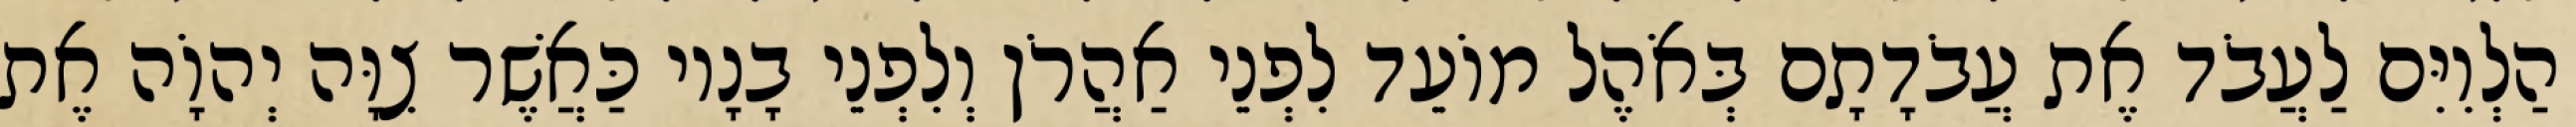
הַלְוִיִּם לַעֲבֹד אֶת עֲבֹדָתָם בְּאֹהֶל מוֹעֵד לִפְנֵי אַהֲרֹן וְלִפְנֵי בָנָיו כַּאֲשֶׁר צִוָּה יְהוָֹה אֶת